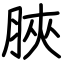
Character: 脥